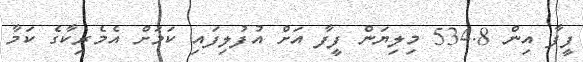
ފީފާ އިން 534.8 މިލިޔަން ފީފާ އަށް އުފުލިފައި ކަމަށް އެމެރިކާގެ ކަމާ